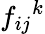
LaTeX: f_{ij}{}^{k}